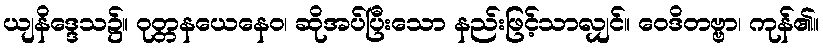
ယျနိဒ္ဒေသ၌။ ဝုတ္တနယေနေဝ၊ ဆိုအပ်ပြီးသော နည်းဖြင့်သာလျှင်။ ဝေဒိတဗ္ဗာ၊ ကုန်၏။